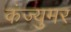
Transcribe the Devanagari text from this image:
कंज्युमर